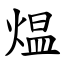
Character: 煴